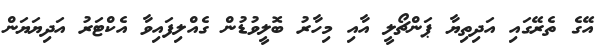
އޭގެ ތެރޭގައި އަދިތިޔާ ޕަންޗޯލީ އާއި މިހާރު ބޮލީވުޑުން ގެއްލިފައިވާ އެކްޓަރު އަދިޔަޔަން